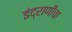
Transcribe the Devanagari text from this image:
इंद्राणीचा